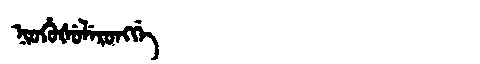
Manchu: ᠨᡳᠣᡥᡠᡧᡠᠯᡝᡵᠣᠩᡤᡝ
Romanization: NIOHUŠULERONGGE